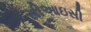
સીઆઇસી